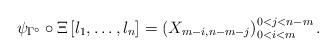
LaTeX: \begin{align*}\psi_{\Gamma^\circ}\circ \Xi \left[l_1,\dots, l_n\right]=\left(X_{m-i,n-m-j}\right)_{0<i<m}^{0<j<n-m}.\end{align*}